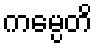
ကမ္ပေတိ